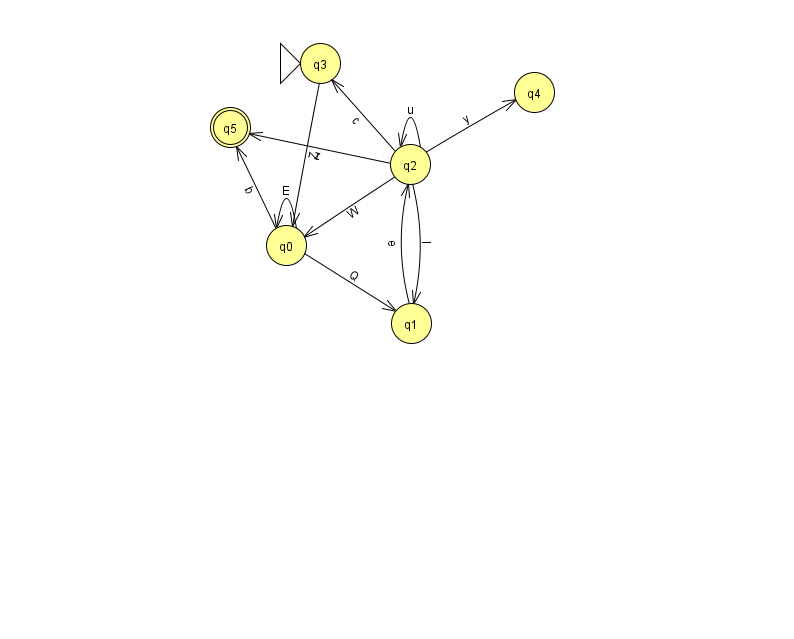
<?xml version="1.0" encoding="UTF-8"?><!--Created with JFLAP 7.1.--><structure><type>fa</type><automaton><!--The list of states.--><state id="0" name="q0"><x>286.0</x><y>232.0</y></state><state id="1" name="q1"><x>411.0</x><y>310.0</y></state><state id="2" name="q2"><x>410.0</x><y>151.0</y></state><state id="3" name="q3"><x>320.0</x><y>50.0</y><initial/></state><state id="4" name="q4"><x>534.0</x><y>79.0</y></state><state id="5" name="q5"><x>230.0</x><y>114.0</y><final/></state><!--The list of transitions.--><transition><from>1</from><to>2</to><read>e</read></transition><transition><from>0</from><to>0</to><read>E</read></transition><transition><from>2</from><to>2</to><read>u</read></transition><transition><from>2</from><to>0</to><read>W</read></transition><transition><from>2</from><to>5</to><read>z</read></transition><transition><from>3</from><to>0</to><read>Z</read></transition><transition><from>0</from><to>5</to><read>b</read></transition><transition><from>2</from><to>1</to><read>l</read></transition><transition><from>2</from><to>3</to><read>c</read></transition><transition><from>2</from><to>4</to><read>y</read></transition><transition><from>0</from><to>1</to><read>Q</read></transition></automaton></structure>